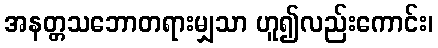
အနတ္တသဘောတရားမျှသာ ဟူ၍လည်းကောင်း၊